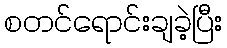
စတင်ရောင်းချခဲ့ပြီး